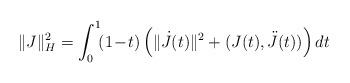
LaTeX: \begin{align*} \| J\|_H^2 = \int_0^1\!(1\! -\!{t})\left( \|\dot{J}(t)\|^2 + (J(t),\ddot{J}(t)) \right) dt \end{align*}